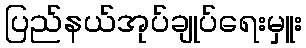
ပြည်နယ်အုပ်ချုပ်ရေးမှူး